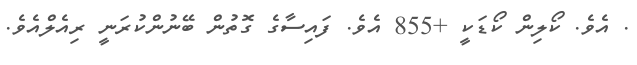
. އެވެ. ކޯލިން ކޯޑަކީ +855 އެވެ. ފައިސާގެ ގޮތުން ބޭނުންކުރަނީ ރިއެލްއެވެ.